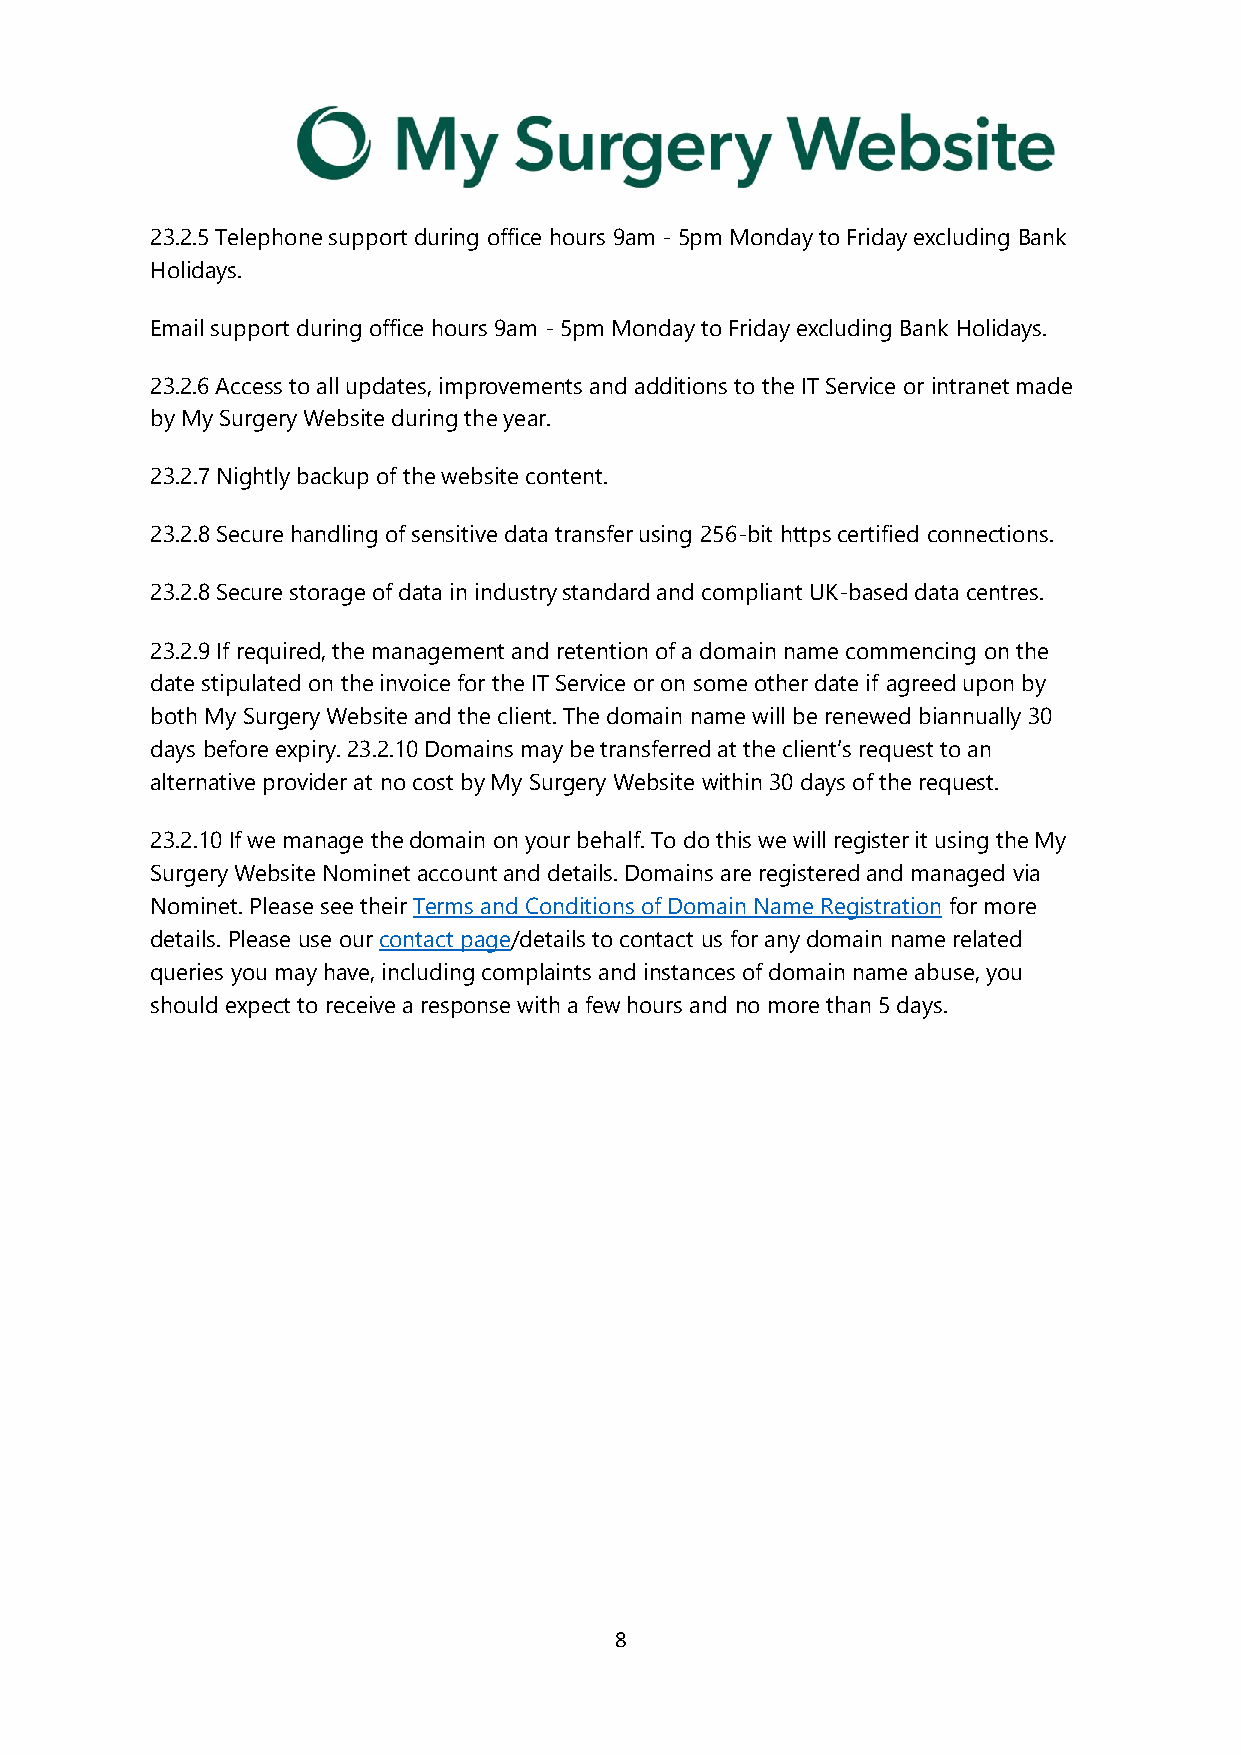
23.2.5 Telephone support during office hours 9am - 5pm Monday to Friday excluding Bank
 Holidays.
 Email support during office hours 9am - 5pm Monday to Friday excluding Bank Holidays.
 23.2.6 Access to all updates, improvements and additions to the IT Service or intranet made
 by My Surgery Website during the year.
 23.2.7 Nightly backup of the website content.
 23.2.8 Secure handling of sensitive data transfer using 256-bit https certified connections.
 23.2.8 Secure storage of data in industry standard and compliant UK-based data centres.
 23.2.9 If required, the management and retention of a domain name commencing on the
 date stipulated on the invoice for the IT Service or on some other date if agreed upon by
 both My Surgery Website and the client. The domain name will be renewed biannually 30
 days before expiry. 23.2.10 Domains may be transferred at the client’s request to an
 alternative provider at no cost by My Surgery Website within 30 days of the request.
 23.2.10 If we manage the domain on your behalf. To do this we will register it using the My
 Surgery Website Nominet account and details. Domains are registered and managed via
 Nominet. Please see their Terms and Conditions of Domain Name Registration for more
 details. Please use our contact page/details to contact us for any domain name related
 queries you may have, including complaints and instances of domain name abuse, you
 should expect to receive a response with a few hours and no more than 5 days.
 8